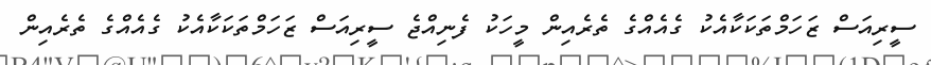
ސީރިއަސް ޒަހަމްތަކަކާއެެކު ގެއެއްގެ ތެރެއިން މީހަކު ފެނިއްޖެ ސީރިއަސް ޒަހަމްތަކަކާއެެކު ގެއެއްގެ ތެރެއިން